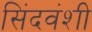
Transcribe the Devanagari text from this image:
सिंदवंशी